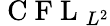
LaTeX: \mathrm{~C~F~L~}_{L^{2}}